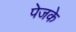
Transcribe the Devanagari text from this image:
पेजके